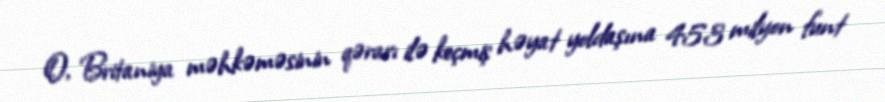
O, Britaniya məhkəməsinin qərarı ilə keçmiş həyat yoldaşına 453 milyon funt